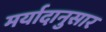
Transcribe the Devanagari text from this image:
मर्यादानुसार